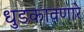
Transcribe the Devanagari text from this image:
धुडकावणारे